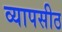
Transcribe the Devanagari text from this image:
व्यापसीठ